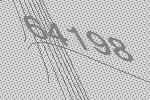
64198